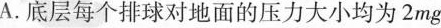
A.底层每个排球对地面的压力大小均为2mg